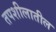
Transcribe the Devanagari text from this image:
तपशीलातील